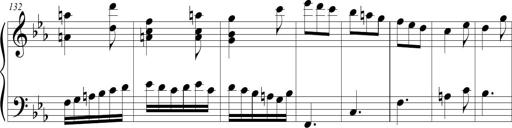
Title: Tiny Tina
Composer: Michel Rondeau
Key: E-flat major